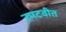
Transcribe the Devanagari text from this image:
उमटवीत